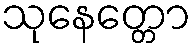
သုနေတ္တော